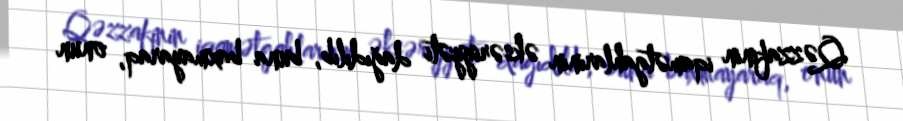
Qəzzafinin iqamətgahlarının əksəriyyəti dağıdılıb, buna baxmayaraq, onun